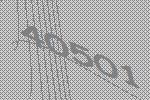
40501